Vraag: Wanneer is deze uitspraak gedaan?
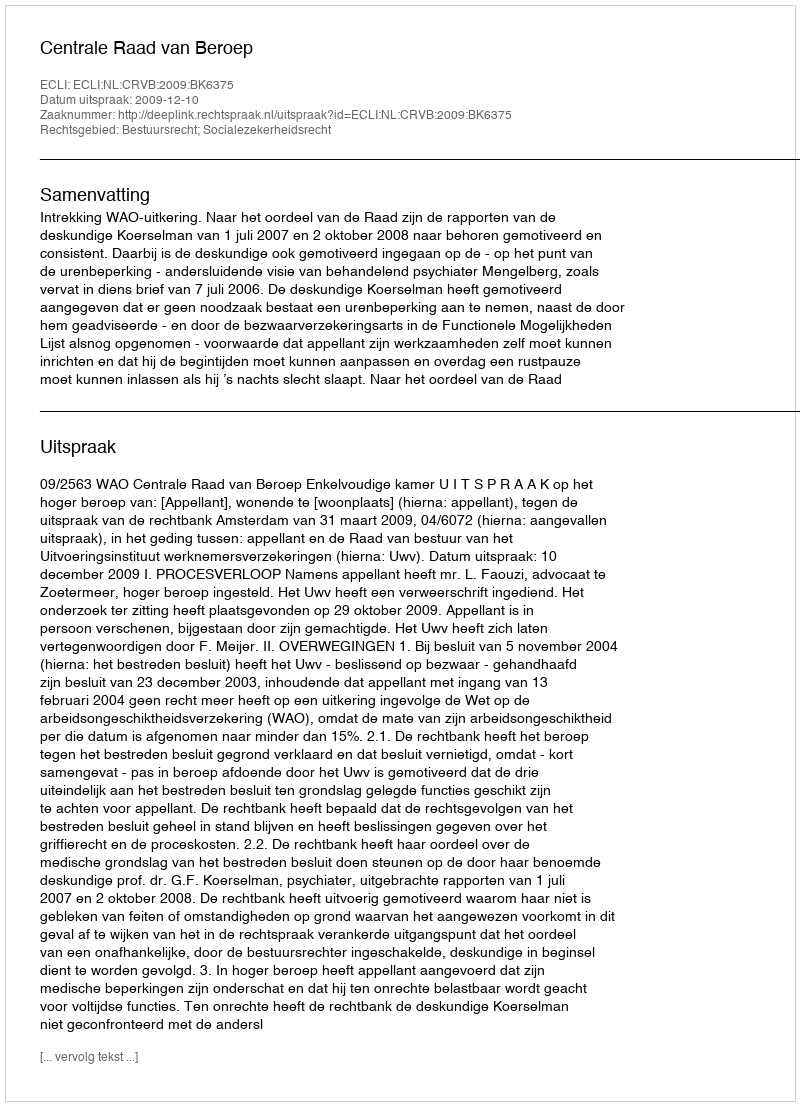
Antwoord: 2009-12-10